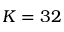
K = 3 2